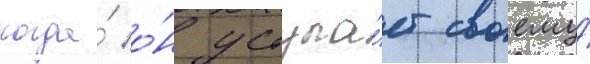
когда́ о́н уступа́ет своему́